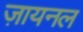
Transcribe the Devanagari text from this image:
ज़ायनल